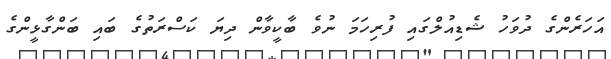
އަހަރެންގެ ދުވަހު ޝެޑިއުލްގައި ފުރިހަމަ ނުވެ ބާކީވާން ދިޔަ ކަސްރަތުގެ ބައި ބަންގާޅީންގެ